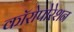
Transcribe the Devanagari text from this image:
कॉरोपोरेशन